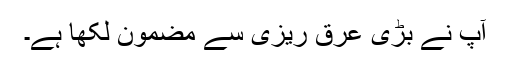
آپ نے بڑی عرق ریزی سے مضمون لکھا ہے۔